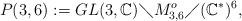
LaTeX: \begin{align*}P(3,6):=GL(3,\mathbb{C})\diagdown M_{3,6}^{o}\diagup(\mathbb{C}^{*})^{6},\end{align*}